Rangoon Lunatic Asylum 1878-1892 - 1878-1892
Year: 1878
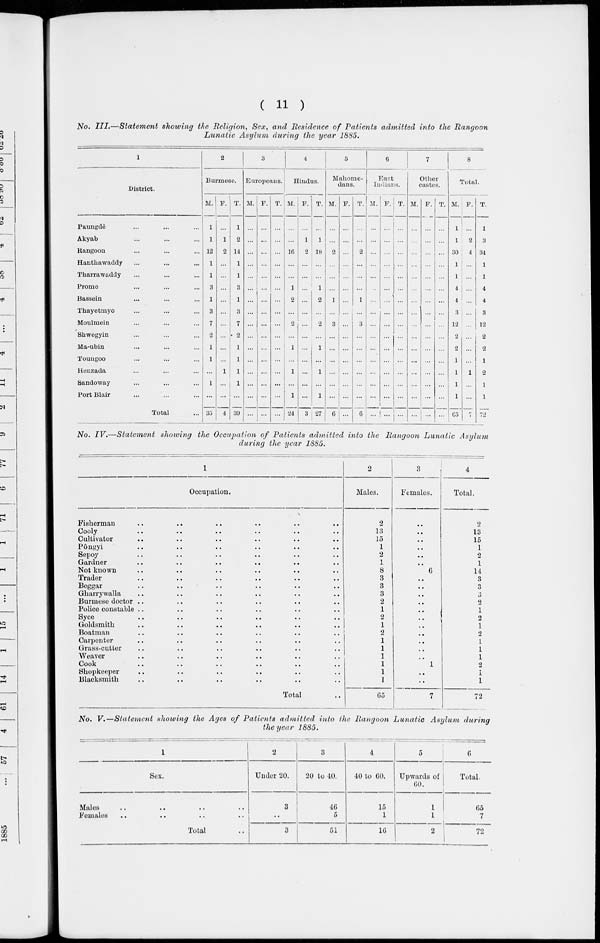
( 11 )
No. III.—Statement
showing the Religion, Sex, and Residence of Patients admitted into the Rangoon
Lunatic Asylum during the year 1885.
1
District.
Paungdè ... ... ...
Akyab ... ... ...
Rangoon ... ... ...
Hanthawaddy ... ... ...
Tharrawaddy ... ... ...
Prome ... ... ...
Bassein ... ... ...
Thayetmyo ... ... ...
Moulmein ... ... ...
Shwegyin ... ... ...
Ma-ubin ... ... ...
Toungoo ... ... ...
Henzada ... ... ...
Sandoway ... ... ...
Port Blair ... ... ...
Total ...
2
Burmesc.
M.
1
1
12
1
1
3
1
3
7
2
1
1
...
1
...
35
F.
...
1
2
...
...
...
...
...
...
...
...
...
1
...
...
4
T.
1
2
14
1
1
3
1
3
7
2
1
1
1
1
...
39
3
Europeans.
M.
...
...
...
...
...
...
...
...
...
...
...
...
...
...
...
...
F.
...
...
...
...
...
...
...
...
...
...
...
...
...
...
...
...
T.
...
...
...
...
...
...
...
...
...
...
...
...
...
...
...
...
4
Hindus.
M.
...
...
16
...
...
1
2
...
2
...
1
...
1
...
1
24
F.
...
1
2
...
...
...
...
...
...
...
...
...
...
...
...
3
T.
...
1
18
...
...
1
2
...
2
...
1
...
1
...
1
27
5
Mahome-
dans.
M.
...
...
2
...
...
...
1
...
3
...
...
...
...
...
...
6
F.
...
...
...
...
...
...
...
...
...
...
...
...
...
...
...
...
T.
...
...
2
...
...
...
1
...
3
...
...
...
...
...
...
6
6
East
Indians.
M.
...
...
...
...
...
...
...
...
...
...
...
...
...
...
...
...
F.
...
...
...
...
...
...
...
...
...
...
...
...
...
...
...
...
T.
...
...
...
...
...
...
...
...
...
...
...
...
...
...
...
...
7
Other
castes.
M.
...
...
...
...
...
...
...
...
...
...
...
...
...
...
...
...
F.
...
...
...
...
...
...
...
...
...
...
...
...
...
...
...
...
T.
...
...
...
...
...
...
...
...
...
...
...
...
...
...
...
...
8
Total
M.
1
1
30
1
1
4
4
3
12
2
2
1
1
1
1
65
F.
...
2
4
...
...
...
...
...
...
...
...
...
1
...
...
7
.
T.
1
3
34
1
1
4
4
3
12
2
2
1
2
1
1
72
No. IV.—Statement
showing the Occupation of Patients admitted into the Rangoon Lunatic
Asylum
during the year 1885.
1
Occupation.
Fisherman .. .. .. .. .. ..
Cooly .. .. .. .. .. ..
Cultivator .. .. .. .. .. ..
Pôngyi .. .. .. .. .. ..
Sepoy .. .. .. .. .. ..
Gardner .. .. .. .. .. ..
Not known .. .. .. .. .. ..
Trader .. .. .. .. .. ..
Beggar .. .. .. .. .. ..
Gharrywalla .. .. .. .. .. ..
Burmese doctor .. .. .. .. .. ..
Police constable .. .. .. .. .. ..
Syce .. .. .. .. .. ..
Goldsmith .. .. .. .. .. ..
Boatman .. .. .. .. .. ..
Carpenter .. .. .. .. .. ..
Grass-cutter .. .. .. .. .. ..
Weaver .. .. .. .. .. ..
Cook .. .. .. .. .. ..
Shopkeeper .. .. .. .. .. ..
Blacksmith .. .. .. .. .. ..
Total ..
2
Males.
2
13
15
1
2
1
8
3
3
3
2
1
2
1
2
1
1
1
1
1
1
65
3
Females.
..
..
..
..
..
..
6
..
..
..
..
..
..
..
..
..
..
..
1
..
..
7
4
Total.
2
13
15
1
2
1
14
3
3
3
2
1
2
1
2
1
1
1
2
1
1
72
No. V.—Statement
showing the Ages of Patients admitted
into the Rangoon Lunatic
Asylum
during
the year 1885.
1
Sex.
Males .. .. .. ..
Females .. .. .. ..
Total ..
2
Under 20.
3
..
3
3
20 to 40.
46
5
51
4
40 to 60.
15
1
16
5
Upwards of
60.
1
1
2
6
Total.
65
7
72